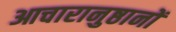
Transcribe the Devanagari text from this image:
आचारानुष्ठानों